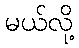
မယ်လို့